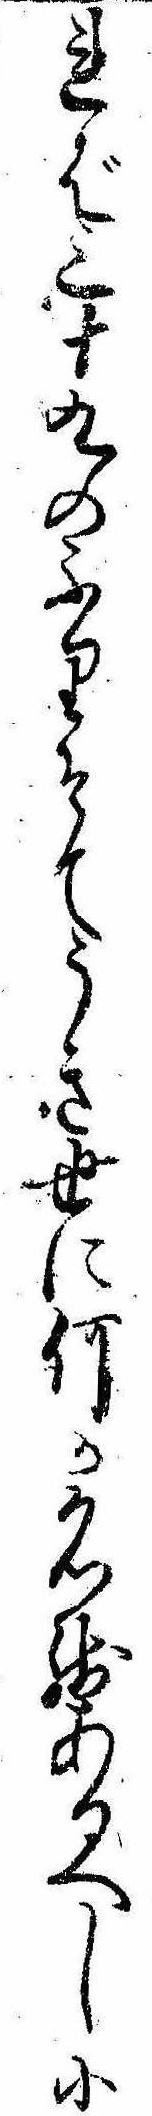
れば三十九のふりそてうき世に何か名残あるへし小